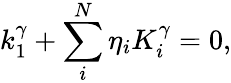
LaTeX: k_{1}^{\gamma}+\sum_{i}^{N}\eta_{i}K_{i}^{\gamma}=0,